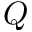
Q